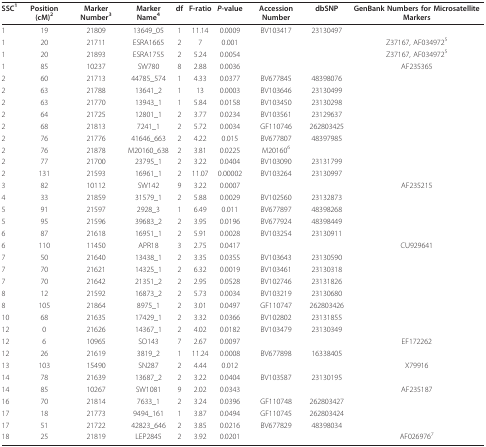
<table><thead><tr><td><b>SSC<sup>1</sup></b></td><td><b>Position (cM)<sup>2</sup></b></td><td><b>Marker Number<sup>3</sup></b></td><td><b>Marker Name<sup>4</sup></b></td><td><b>df</b></td><td><b>F-ratio</b></td><td><b><i>P</i>-value</b></td><td><b>Accession Number</b></td><td><b>dbSNP</b></td><td><b>GenBank Numbers for Microsatellite Markers</b></td></tr></thead><tbody><tr><td>1</td><td>19</td><td>21809</td><td>13649_05</td><td>1</td><td>11.14</td><td>0.0009</td><td>BV103417</td><td>23130497</td><td></td></tr><tr><td>1</td><td>20</td><td>21711</td><td>ESRA1665</td><td>2</td><td>7</td><td>0.001</td><td></td><td></td><td>Z37167, AF034972<sup>5</sup></td></tr><tr><td>1</td><td>20</td><td>21893</td><td>ESRA1755</td><td>2</td><td>5.24</td><td>0.0054</td><td></td><td></td><td>Z37167, AF034972<sup>5</sup></td></tr><tr><td>1</td><td>85</td><td>10237</td><td>SW780</td><td>8</td><td>2.88</td><td>0.0036</td><td></td><td></td><td>AF235365</td></tr><tr><td>2</td><td>60</td><td>21713</td><td>44785_574</td><td>1</td><td>4.33</td><td>0.0377</td><td>BV677845</td><td>48398076</td><td></td></tr><tr><td>2</td><td>63</td><td>21788</td><td>13641_2</td><td>1</td><td>13</td><td>0.0003</td><td>BV103646</td><td>23130499</td><td></td></tr><tr><td>2</td><td>63</td><td>21770</td><td>13943_1</td><td>1</td><td>5.84</td><td>0.0158</td><td>BV103450</td><td>23130298</td><td></td></tr><tr><td>2</td><td>64</td><td>21725</td><td>12801_1</td><td>2</td><td>3.77</td><td>0.0234</td><td>BV103561</td><td>23129637</td><td></td></tr><tr><td>2</td><td>68</td><td>21813</td><td>7241_1</td><td>2</td><td>5.72</td><td>0.0034</td><td>GF110746</td><td>262803425</td><td></td></tr><tr><td>2</td><td>76</td><td>21776</td><td>41646_663</td><td>2</td><td>4.22</td><td>0.015</td><td>BV677807</td><td>48397985</td><td></td></tr><tr><td>2</td><td>76</td><td>21878</td><td>M20160_638</td><td>2</td><td>3.81</td><td>0.0225</td><td>M20160<sup>6</sup></td><td></td><td></td></tr><tr><td>2</td><td>77</td><td>21700</td><td>23795_1</td><td>2</td><td>3.22</td><td>0.0404</td><td>BV103090</td><td>23131799</td><td></td></tr><tr><td>2</td><td>131</td><td>21593</td><td>16961_1</td><td>2</td><td>11.07</td><td>0.00002</td><td>BV103264</td><td>23130997</td><td></td></tr><tr><td>3</td><td>82</td><td>10112</td><td>SW142</td><td>9</td><td>3.22</td><td>0.0007</td><td></td><td></td><td>AF235215</td></tr><tr><td>4</td><td>33</td><td>21859</td><td>31579_1</td><td>2</td><td>5.88</td><td>0.0029</td><td>BV102560</td><td>23132873</td><td></td></tr><tr><td>5</td><td>91</td><td>21597</td><td>2928_3</td><td>1</td><td>6.49</td><td>0.011</td><td>BV677897</td><td>48398268</td><td></td></tr><tr><td>5</td><td>95</td><td>21596</td><td>39683_2</td><td>2</td><td>3.95</td><td>0.0196</td><td>BV677924</td><td>48398449</td><td></td></tr><tr><td>6</td><td>87</td><td>21618</td><td>16951_1</td><td>2</td><td>5.91</td><td>0.0028</td><td>BV103254</td><td>23130911</td><td></td></tr><tr><td>6</td><td>110</td><td>11450</td><td>APR18</td><td>3</td><td>2.75</td><td>0.0417</td><td></td><td></td><td>CU929641</td></tr><tr><td>7</td><td>50</td><td>21640</td><td>13438_1</td><td>2</td><td>3.35</td><td>0.0355</td><td>BV103643</td><td>23130590</td><td></td></tr><tr><td>7</td><td>70</td><td>21621</td><td>14325_1</td><td>2</td><td>6.32</td><td>0.0019</td><td>BV103461</td><td>23130318</td><td></td></tr><tr><td>7</td><td>70</td><td>21642</td><td>21351_2</td><td>2</td><td>2.95</td><td>0.0528</td><td>BV102746</td><td>23131826</td><td></td></tr><tr><td>8</td><td>12</td><td>21592</td><td>16873_2</td><td>2</td><td>5.73</td><td>0.0034</td><td>BV103219</td><td>23130680</td><td></td></tr><tr><td>8</td><td>105</td><td>21864</td><td>8975_1</td><td>2</td><td>3.01</td><td>0.0497</td><td>GF110747</td><td>262803426</td><td></td></tr><tr><td>10</td><td>68</td><td>21635</td><td>17429_1</td><td>2</td><td>3.32</td><td>0.0366</td><td>BV102802</td><td>23131855</td><td></td></tr><tr><td>12</td><td>0</td><td>21626</td><td>14367_1</td><td>2</td><td>4.02</td><td>0.0182</td><td>BV103479</td><td>23130349</td><td></td></tr><tr><td>12</td><td>6</td><td>10965</td><td>SO143</td><td>7</td><td>2.67</td><td>0.0097</td><td></td><td></td><td>EF172262</td></tr><tr><td>12</td><td>26</td><td>21619</td><td>3819_2</td><td>1</td><td>11.24</td><td>0.0008</td><td>BV677898</td><td>16338405</td><td></td></tr><tr><td>13</td><td>103</td><td>15490</td><td>SN287</td><td>2</td><td>4.44</td><td>0.012</td><td></td><td></td><td>X79916</td></tr><tr><td>14</td><td>78</td><td>21639</td><td>13687_2</td><td>2</td><td>3.22</td><td>0.0404</td><td>BV103587</td><td>23130195</td><td></td></tr><tr><td>14</td><td>85</td><td>10267</td><td>SW1081</td><td>9</td><td>2.02</td><td>0.0343</td><td></td><td></td><td>AF235187</td></tr><tr><td>16</td><td>70</td><td>21814</td><td>7633_1</td><td>2</td><td>3.24</td><td>0.0396</td><td>GF110748</td><td>262803427</td><td></td></tr><tr><td>17</td><td>18</td><td>21773</td><td>9494_161</td><td>1</td><td>3.87</td><td>0.0494</td><td>GF110745</td><td>262803424</td><td></td></tr><tr><td>17</td><td>51</td><td>21722</td><td>42823_646</td><td>2</td><td>3.85</td><td>0.0216</td><td>BV677829</td><td>48398034</td><td></td></tr><tr><td>18</td><td>25</td><td>21819</td><td>LEP2845</td><td>2</td><td>3.92</td><td>0.0201</td><td></td><td></td><td>AF026976<sup>7</sup></td></tr></tbody></table>